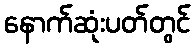
နောက်ဆုံးပတ်တွင်